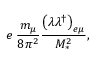
e \; \frac { m _ { \mu } } { 8 \pi ^ { 2 } } \frac { \left( \lambda \lambda ^ { \dagger } \right) _ { e \mu } } { M _ { \ast } ^ { 2 } } ,